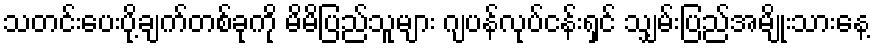
သတင်းပေးပို့ချက်တစ်ခုကို မိမိပြည်သူများ ဂျပန်လုပ်ငန်းရှင် သျှမ်းပြည်အမျိုးသားနေ့